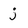
Character: j